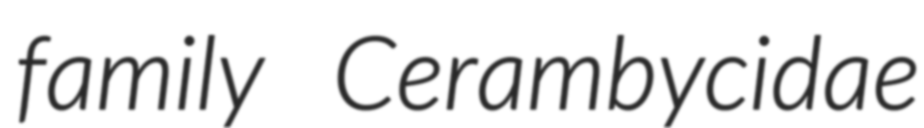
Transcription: family Cerambycidae